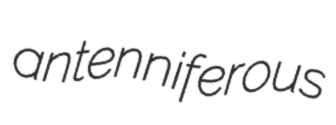
antenniferous